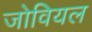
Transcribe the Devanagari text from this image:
जोवियल